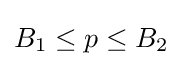
B_{1}\leq p\leq B_{2}